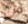
من